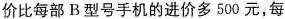
价比每部B型号手机的进价多500元，每